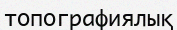
топографиялық